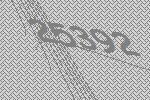
25392